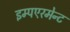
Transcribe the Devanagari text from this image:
इम्पएरमेन्ट